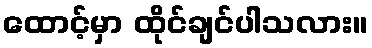
ထောင့်မှာ ထိုင်ချင်ပါသလား။